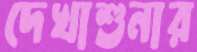
দেখাশুনার